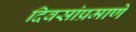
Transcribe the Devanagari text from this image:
दिवसांप्रमाणे